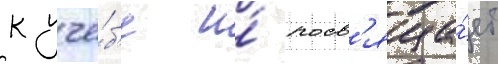
к учё́б'е и́ посв'яща́ет